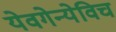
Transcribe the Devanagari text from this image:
येवगेन्येविच